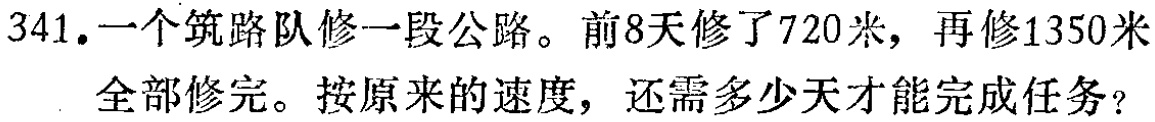
341. 一个筑路队修一段公路。前8天修了720米，再修1350米
全部修完。按原来的速度，还需多少天才能完成任务？